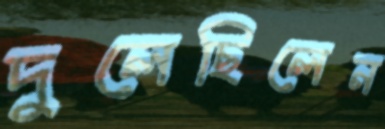
দুলেছিলেন